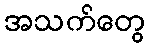
အသက်တွေ